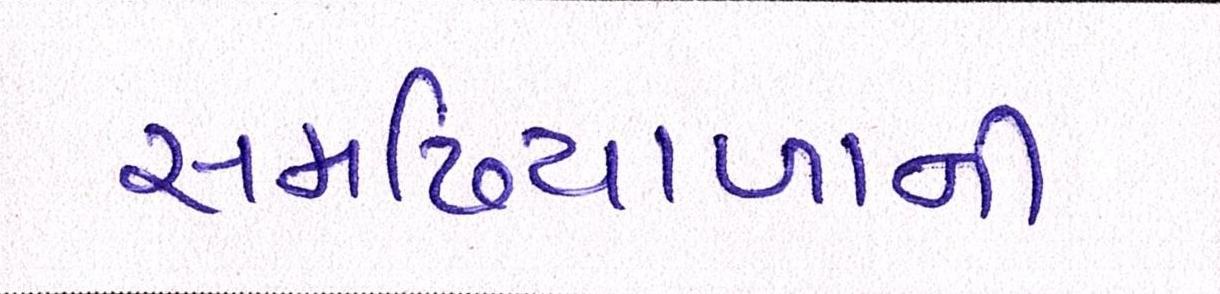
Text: સમઢિયાળાની